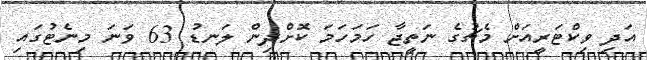
އަދި ވިކްޓަރީއަށް މެޗުގެ ނަތީޖާ ހަމަހަމަ ކޮށްދިން ލަނޑު 63 ވަނަ މިނެޓުގައި